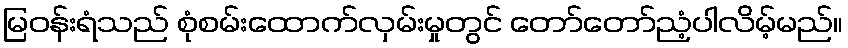
မြဝန်းရံသည် စုံစမ်းထောက်လှမ်းမှုတွင် တော်တော်ညံ့ပါလိမ့်မည်။